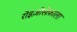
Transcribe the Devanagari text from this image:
रोइज़ोसेफ़ाला